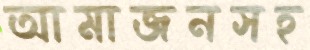
আমাজনসহ